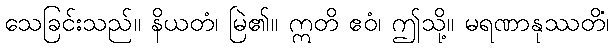
သေခြင်းသည်။ နိယတံ၊ မြဲ၏။ ဣတိ ဧဝံ၊ ဤသို့။ မရဏာနုဿတိံ၊